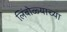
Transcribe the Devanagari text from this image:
लिंबोळ्याच्या